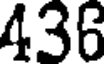
436